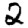
Digit: 2